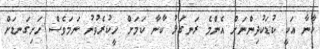
ކާނާ އަކީ ކުޑަކުދިންނަށް އެންމެ ރަނގަޅު ކާނާ ކަމަށް ހީކުރެވުނު ނަމަވެސް ހަށިގަނޑަށް